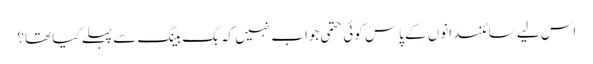
اس لیے سائنسدانوں کے پاس کوئی حتمی جواب نہیں کہ بگ بینگ سے پہلے کیا تھا؟